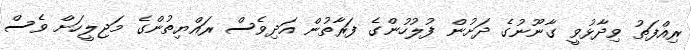
ރިއްފަތު ވިދާޅުވީ ގާނޫނުގެ ދަށުން ފުލުހުންގެ ފަރާތުން އަދިވެސް ރައްޔިތުންގެ މަޖިލީހަށް ވެސް